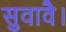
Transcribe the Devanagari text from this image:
सुवावै।